Indian journal of veterinary science and animal husbandry - Volume 1,
Year: 1931
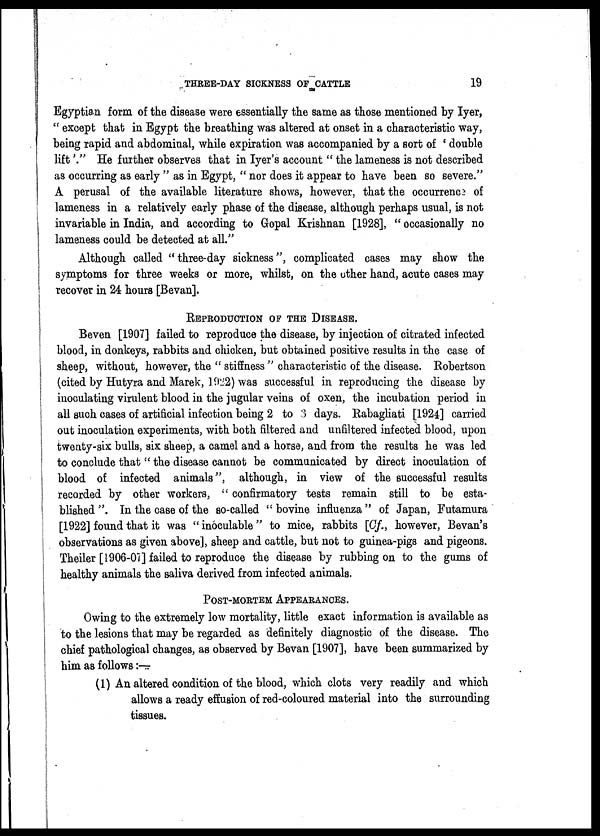
THREE-DAY SICKNESS OF CATTLE
19
Egyptian form of the disease were essentially the same as those mentioned by Iyer,
" except that in Egypt the breathing was altered at onset in a characteristic way,
being rapid and abdominal, while expiration was accompanied by a sort of ' double
lift '." He further observes that in Iyer's account " the lameness is not described
as occurring as early " as in Egypt, " nor does it appear to have been so severe."
A perusal of the available literature shows, however, that the occurrence of
lameness in a relatively early phase of the disease, although perhaps usual, is not
invariable in India, and according to Gopal Krishnan [1928], " occasionally no
lameness could be detected at all."
Although called " three-day sickness", complicated cases may show the
symptoms for three weeks or more, whilst, on the other hand, acute cases may
recover in 24 hours [Bevan].
REPRODUCTION OF THE DISEASE.
Beven [1907] failed to reproduce the disease, by injection of citrated infected
blood, in donkeys, rabbits and chicken, but obtained positive results in the case of
sheep, without, however, the " stiffness " characteristic of the disease. Robertson
(cited by Hutyra and Marek, 1922) was successful in reproducing the disease by
inoculating virulent blood in the jugular veins of oxen, the incubation period in
all such cases of artificial infection being 2 to 3 days. Rabagliati [1924] carried
out inoculation experiments, with both filtered and unfiltered infected blood, upon
twenty-six bulls, six sheep, a camel and a horse, and from the results he was led
to conclude that " the disease cannot be communicated by direct inoculation of
blood of infected animals", although, in view of the successful results
recorded by other workers, " confirmatory tests remain still to be esta-
blished". In the case of the so-called "bovine influenza" of Japan, Futamura
[1922] found that it was " inoculable" to mice, rabbits [Cf., however, Bevan's
observations as given above], sheep and cattle, but not to guinea-pigs and pigeons.
Theiler [1906-07] failed to reproduce the disease by rubbing on to the gums of
healthy animals the saliva derived from infected animals.
POST-MORTEM APPEARANCES.
Owing to the extremely low mortality, little exact information is available as
to the lesions that may be regarded as definitely diagnostic of the disease. The
chief pathological changes, as observed by Bevan [1907], have been summarized by
him as follows:—
(1) An altered condition of the blood, which clots very readily and which
allows a ready effusion of red-coloured material into the surrounding
tissues.